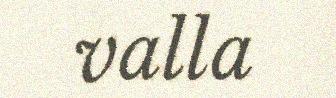
valla